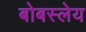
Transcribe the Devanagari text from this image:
बोबस्लेय